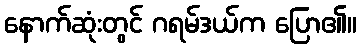
နောက်ဆုံးတွင် ဂရမ်ဒယ်က ပြော၏။